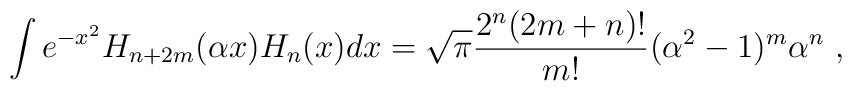
\int e^{-x^2} H_{n+2m}(\alpha x) H_n(x) dx= \sqrt{\pi} {2^n(2m+n)! \over m!}(\alpha^2-1)^m \alpha^n\ ,